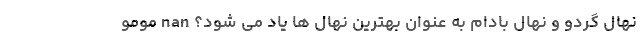
نهال گردو و نهال بادام به عنوان بهترین نهال ها یاد می شود؟ nan مومو